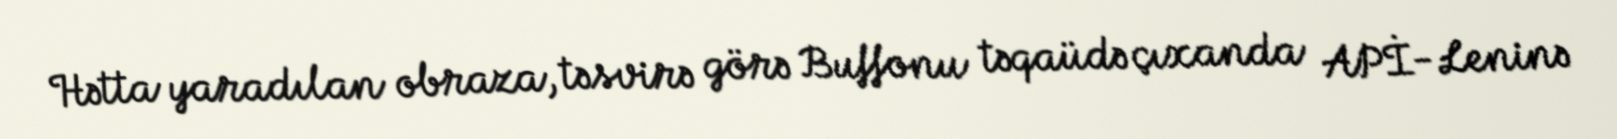
Hətta yaradılan obraza, təsvirə görə Buffonu təqaüdə çıxanda APİ-Leninə